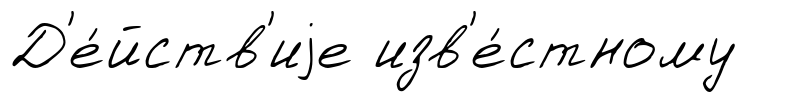
Д'е́йств'иjе изв'е́стному